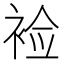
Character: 裣